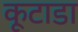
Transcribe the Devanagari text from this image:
कूटाडा